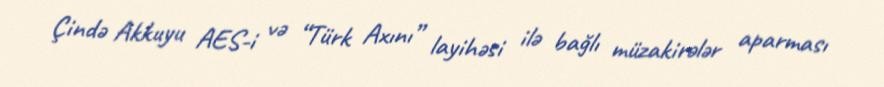
Çində Akkuyu AES-i və “Türk Axını” layihəsi ilə bağlı müzakirələr aparması